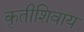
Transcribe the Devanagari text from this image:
कृतीशिवाय